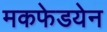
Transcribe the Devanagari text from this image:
मकफेडयेन